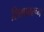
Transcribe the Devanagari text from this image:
शिश्नावरून